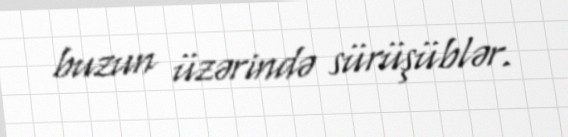
buzun üzərində sürüşüblər.